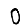
Digit: 0